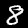
Digit: 8